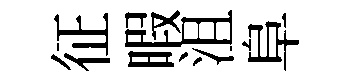
征暇沮阜